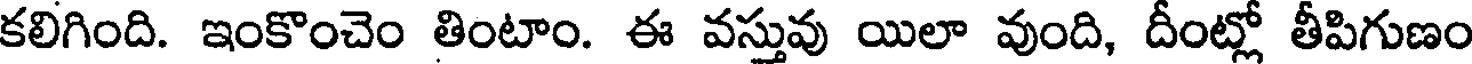
కలిగింది. ఇంకొంచెం తింటాం. ఈ వస్తువు యిలా వుంది, దీంట్లో తీపిగుణం